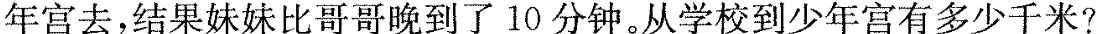
年宫去，结果妹妹比哥哥晚到了10分钟。从学校到少年宫有多少千米?